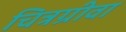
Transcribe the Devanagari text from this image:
चित्रग्रीवा